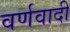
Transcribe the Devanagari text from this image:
वर्णवादी